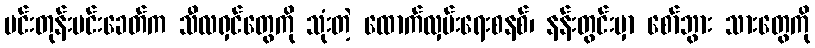
မင်းတုန်းမင်းခေတ်က သီလရှင်တွေကို သုံးတဲ့ ထောက်လှမ်းရေးစနစ်၊ နန်းတွင်းမှာ စော်ဘွား သားတွေကို